Annual report of the Camel Specialist
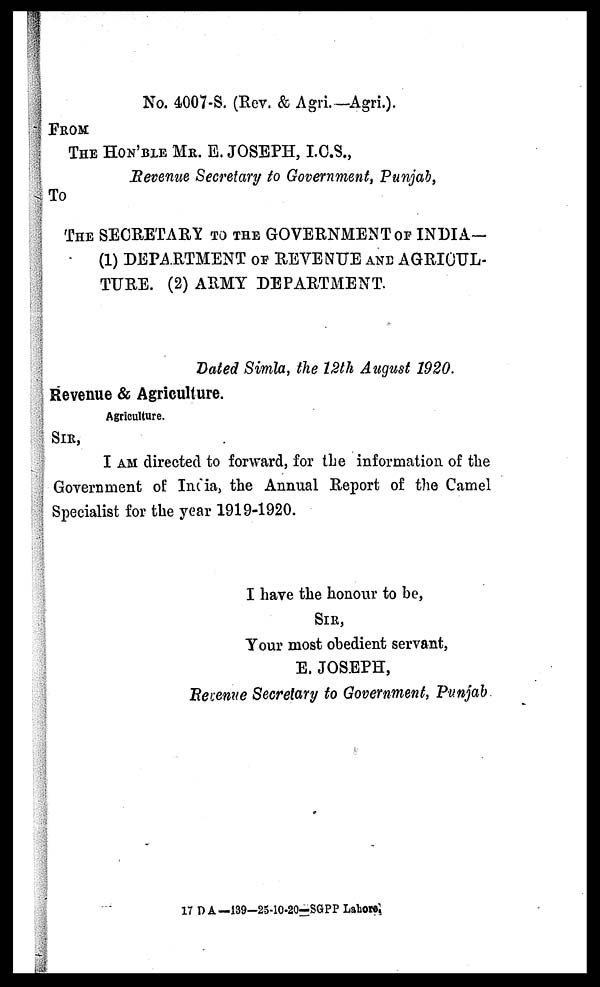
No. 4007-S. (Rev. & Agri.-Agri.).
FROM
THE HON'BLE MR. E. JOSEPH, I.C.S.,
Revenue Secretary to Government, Punjab,
To
THE SECRETARY TO THE GOVERNMENT OF INDIA-
(1) DEPARTMENT OF REVENUE AND AGRICUL-
TURE. (2) ARMY DEPARTMENT.
Dated Simla, the 12th August 1920.
Revenue & Agriculture.
Agriculture.
SIR,
I AM directed to forward, for the information of the
Government of India, the Annual Report of the Camel
Specialist for the year 1919-1920.
I have the honour to be,
SIR,
Your most obedient servant,
E. JOSEPH,
Revenue Secretary to Government, Punjab
17 D A—139—25-10-20-SGPP Lahore